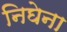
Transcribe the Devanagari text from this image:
निघेना